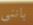
باننى